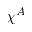
\chi ^ { A }